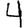
Digit: 4